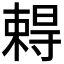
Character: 𡭂